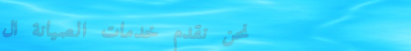
نحن نقدم خدمات الصيانة ال